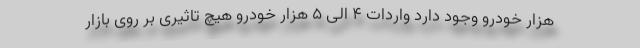
هزار خودرو وجود دارد واردات 4 الی 5 هزار خودرو هیچ تاثیری بر روی بازار